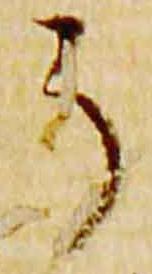
了